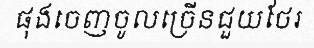
ផុងចេញចូលច្រើនជួយថែរ